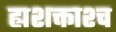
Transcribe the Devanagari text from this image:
ह्यशक्ताश्च